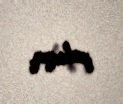
pedaqoq.